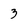
Character: 3